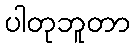
ပါတုဘူတာ